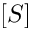
[ S ]